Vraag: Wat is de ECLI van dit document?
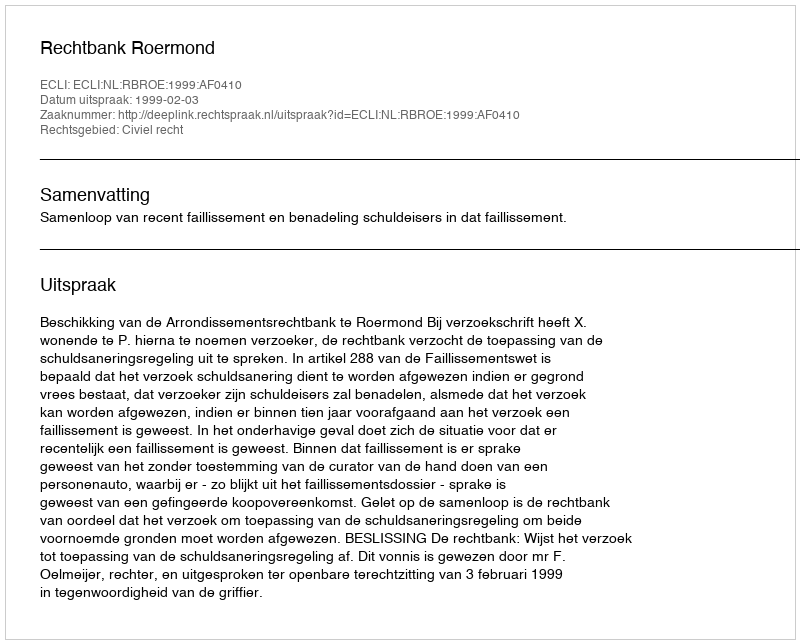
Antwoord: ECLI:NL:RBROE:1999:AF0410